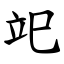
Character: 䇃